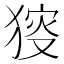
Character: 𤟫